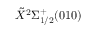
\tilde { X } ^ { 2 } \Sigma _ { 1 / 2 } ^ { + } ( 0 1 0 )